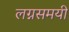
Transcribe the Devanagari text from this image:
लग्नसमयी